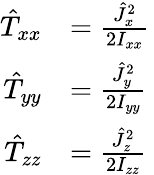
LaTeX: {\begin{array}{rl}{{\hat{T}}_{xx}}&{={\frac{{\hat{J}}_{x}^{2}}{2I_{xx}}}}\\ {{\hat{T}}_{yy}}&{={\frac{{\hat{J}}_{y}^{2}}{2I_{yy}}}}\\ {{\hat{T}}_{zz}}&{={\frac{{\hat{J}}_{z}^{2}}{2I_{zz}}}}\end{array}}\,